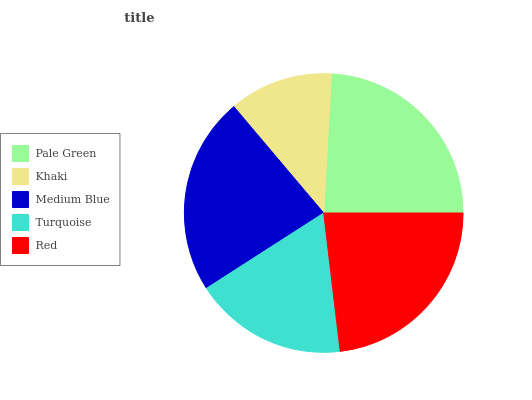
| Pale Green | Khaki | Medium Blue | Turquoise | Red |
 | --- | --- | --- | --- | --- |
 | 24.2% | 12% | 22.9% | 17.8% | 23.1% |